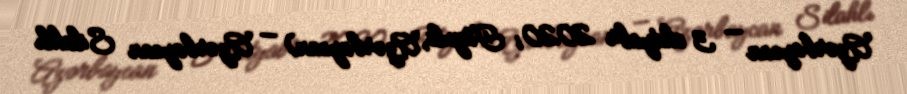
Azərbaycan — 3 oktyabr 2020; Füzuli, Azərbaycan) — Azərbaycan Silahlı